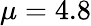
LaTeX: \mu=4.8